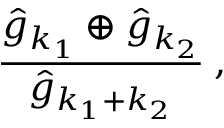
\frac { \hat { g } _ { k _ { 1 } } \oplus \hat { g } _ { k _ { 2 } } } { \hat { g } _ { k _ { 1 } + k _ { 2 } } } \: ,